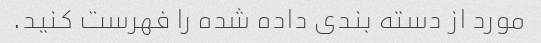
مورد از دسته بندی داده شده را فهرست کنید.